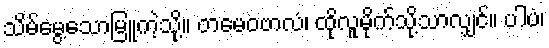
သိမ်မွေ့သောမြူကဲ့သို့။ တမေဝဗာလံ၊ ထိုလူမိုက်သို့သာလျှင်။ ပါပံ၊